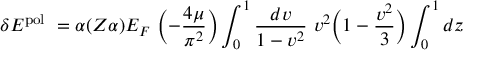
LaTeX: \delta E ^ { \mathrm { p o l } } ~ = \alpha ( Z \alpha ) E _ { F } ~ \Bigl ( - \frac { 4 \mu } { \pi ^ { 2 } } \Bigr ) \int _ { 0 } ^ { 1 } \frac { d v } { 1 - v ^ { 2 } } ~ v ^ { 2 } \Bigl ( 1 - \frac { v ^ { 2 } } { 3 } \Bigr ) \int _ { 0 } ^ { 1 } { d z }